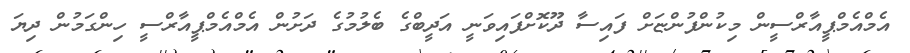
އެމްއެމްޕީއާރްސީން މިކުންފުންޏަށް ފައިސާ ދޫކޮށްފައިވަނީ އަދީބްގެ ބެލުމުގެ ދަށުން އެމްއެމްޕީއާރްސީ ހިންގަމުން ދިޔަ